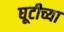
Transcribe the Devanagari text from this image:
घूटीच्या